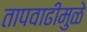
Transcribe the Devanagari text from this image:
तापवाढीमुळे